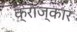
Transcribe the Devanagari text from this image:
क्रांज्कार